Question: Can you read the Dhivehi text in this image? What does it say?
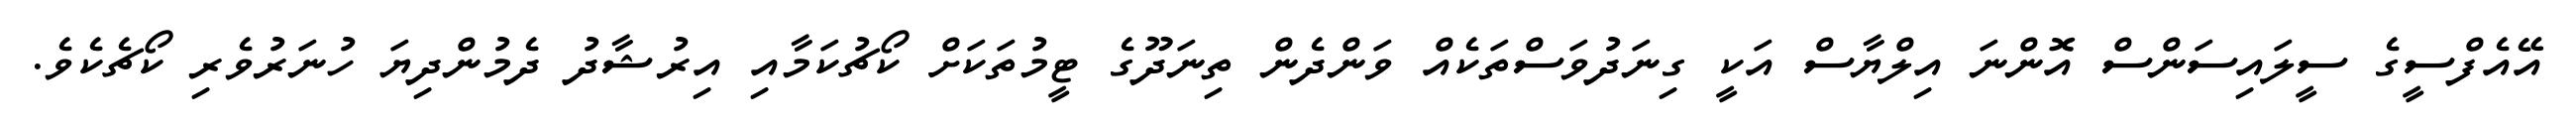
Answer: އޭއެފްސީގެ ސީލައިސަންސް އޮންނަ އިލްޔާސް އަކީ ގިނަދުވަސްތަކެއް ވަންދެން ތިނަދޫގެ ޓީމުތަކަށް ކޯޗުކަމާއި އިރުޝާދު ދެމުންދިޔަ ހުނަރުވެރި ކޯޗެކެވެ.